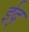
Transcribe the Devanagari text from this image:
ईद्